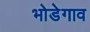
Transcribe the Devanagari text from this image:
भोडेगाव